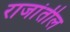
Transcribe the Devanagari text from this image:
राजांतील